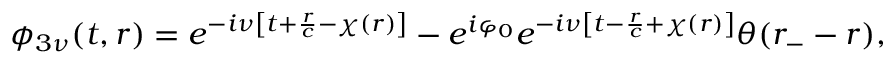
\phi _ { 3 \nu } ( t , r ) = e ^ { - i \nu \left[ t + \frac { r } { c } - \chi ( r ) \right] } - e ^ { i \varphi _ { 0 } } e ^ { - i \nu \left[ t - \frac { r } { c } + \chi ( r ) \right] } \theta ( r _ { - } - r ) ,